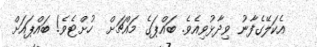
އެކަލޭގެފާނު ވިދާޅުވިއެވެ. ބައްޕަގެ މައްޗަށް  ހުށްޓެވެ! ބައްޕައަށް